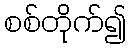
စစ်တိုက်၍